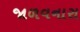
જાળવનારા